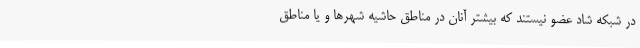
در شبکه شاد عضو نیستند که بیشتر آنان در مناطق حاشیه شهرها و یا مناطق